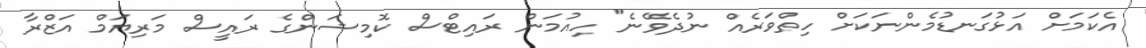
އެކަމަށް އަޅުގަނޑުމެންނަކަށް ހިތްވަރެއް ނުދެވޭނެ" ހިއުމަން ރައިޓްސް ކޮމިޝަންގެ ރައީސް މަރިޔަމް އަޒްރާ